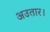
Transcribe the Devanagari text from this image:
अउतार।